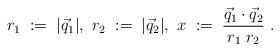
LaTeX: \begin{align*}r_1\;:=\;|\vec{q}_1|, \ r_2\;:=\;|\vec{q}_2|, \ x\;:=\;\frac{\vec{q}_1\cdot\vec{q}_2}{r_1\;r_2} \ .\end{align*}